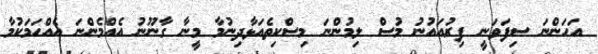
އަހަންނަ ސިފަވަނީ ފިރުއައުނު މުސް ލިމުންނަ މިސްކިތެއަޅާދިނުމާ މީނާ ގާނޫނު އެއްމެންނަ އެއްހަމަކުމާ